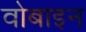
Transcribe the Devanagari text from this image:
वोबाइन